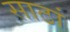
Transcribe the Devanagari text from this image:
साठां